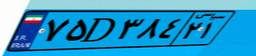
۷۵D۳۸۴۲۱